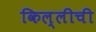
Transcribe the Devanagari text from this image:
किल्लीची